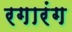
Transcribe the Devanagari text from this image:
रगारंग